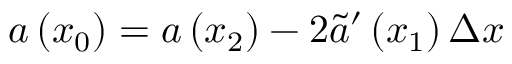
a \left( x _ { 0 } \right) = a \left( x _ { 2 } \right) - 2 \tilde { a } ^ { \prime } \left( x _ { 1 } \right) \Delta x